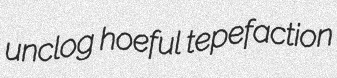
unclog hoeful tepefaction